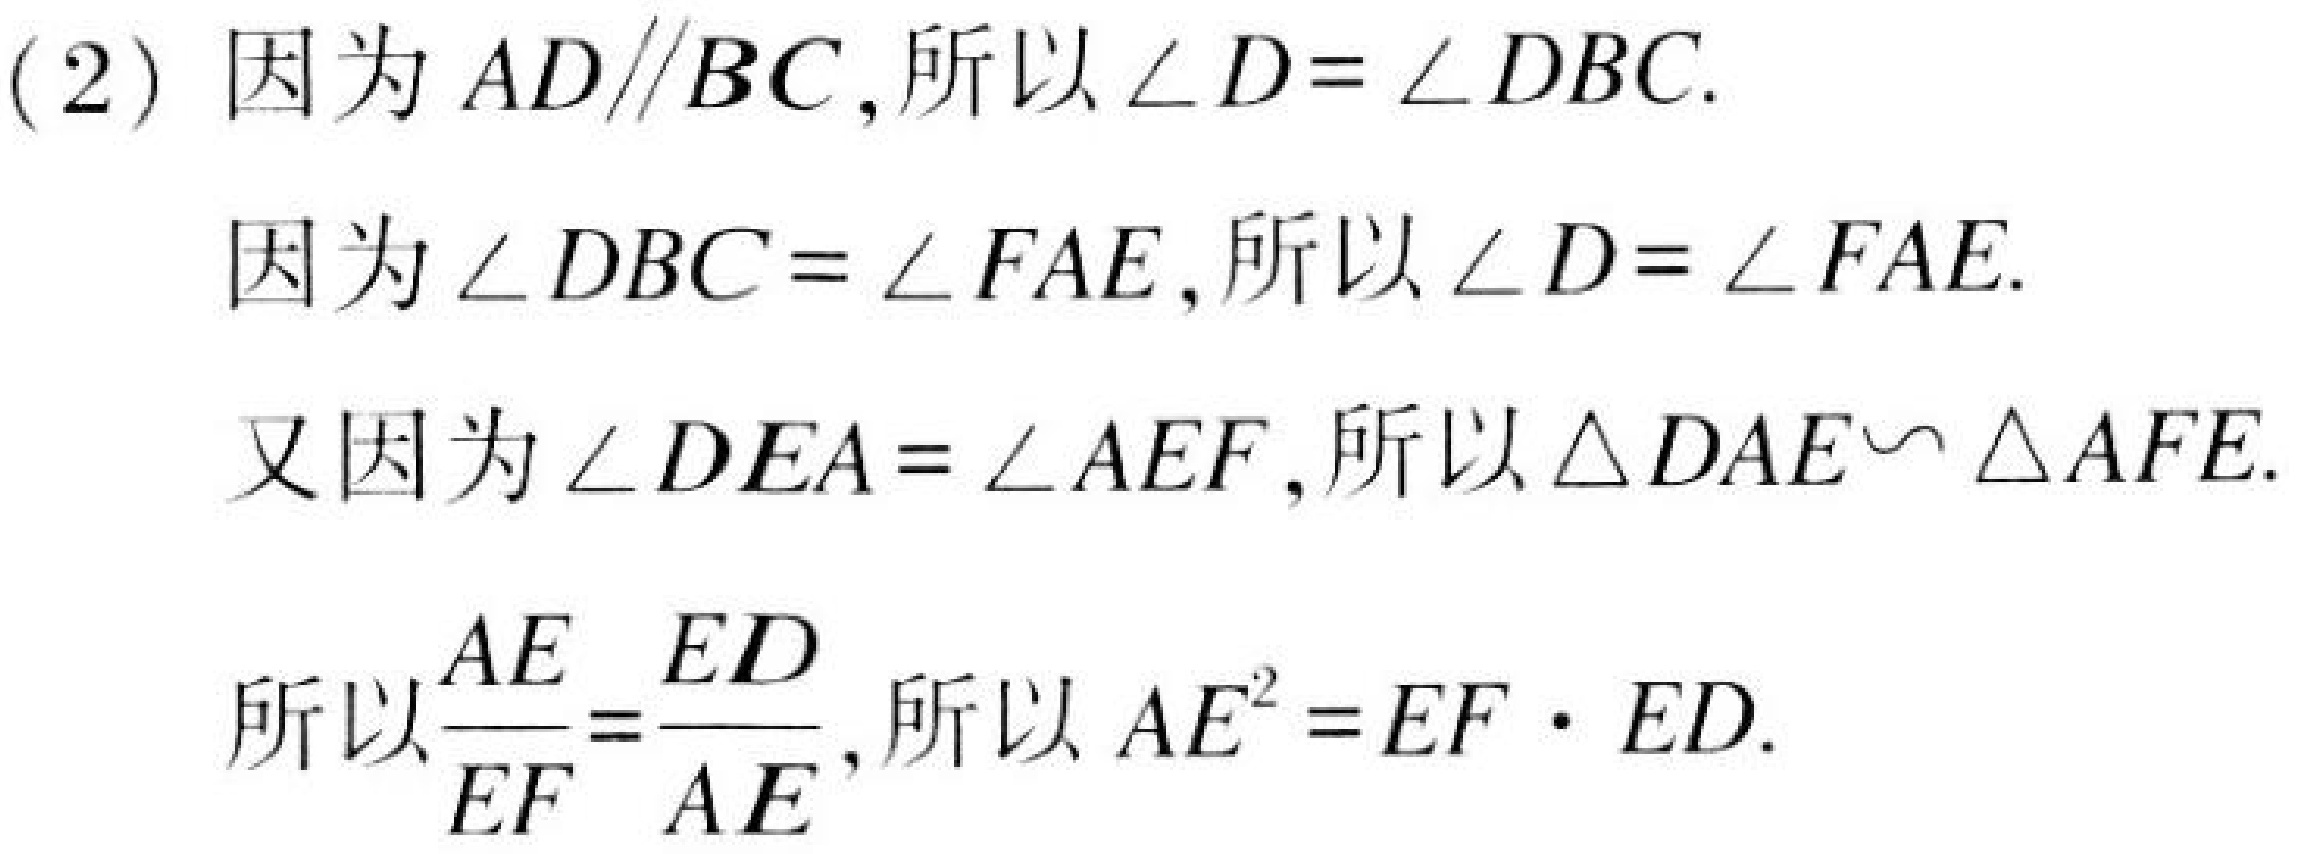
(2) 因为\(AD\parallel BC\),所以\(\angle D = \angle DBC\).
因为\(\angle DBC=\angle FAE\),所以\(\angle D=\angle FAE\).
又因为\(\angle DEA=\angle AEF\),所以\(\triangle DAE\backsim\triangle AFE\).
所以\(\frac{AE}{EF}=\frac{ED}{AE}\),所以\(AE^{2}=EF\cdot ED\).